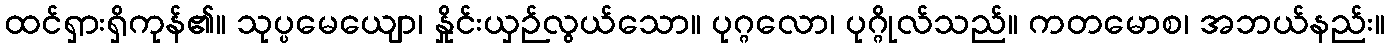
ထင်ရှားရှိကုန်၏။ သုပ္ပမေယျော၊ နှိုင်းယှဉ်လွယ်သော။ ပုဂ္ဂလော၊ ပုဂ္ဂိုလ်သည်။ ကတမောစ၊ အဘယ်နည်း။